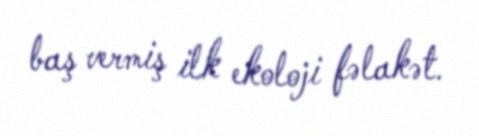
baş vermiş ilk ekoloji fəlakət.